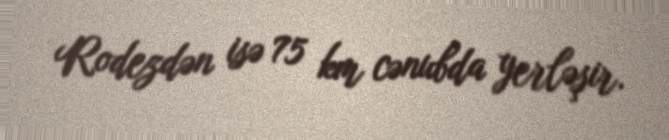
Rodezdən isə 75 km cənubda yerləşir.